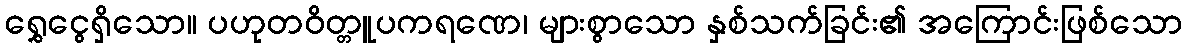
ရွှေငွေရှိသော။ ပဟုတဝိတ္တူပကရဏေ၊ များစွာသော နှစ်သက်ခြင်း၏ အကြောင်းဖြစ်သော